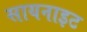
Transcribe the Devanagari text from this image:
सायनाइट